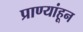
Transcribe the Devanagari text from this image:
प्राण्यांहून